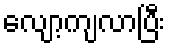
လျော့ကျလာပြီး